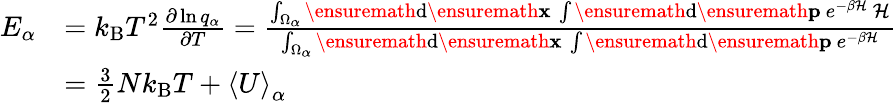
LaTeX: \begin{array}{rl}{E_{\alpha}}&{=k_{\mathrm{B}}T^{2}\frac{\partial\ln q_{\alpha}}{\partial T}=\frac{\int_{\Omega_{\alpha}}\ensuremath{\mathrm{d}}\ensuremath{\mathbf{x}}\ \int\ensuremath{\mathrm{d}}\ensuremath{\mathbf{p}}\ e^{-\beta\mathcal{H}}\ \mathcal{H}}{\int_{\Omega_{\alpha}}\ensuremath{\mathrm{d}}\ensuremath{\mathbf{x}}\ \int\ensuremath{\mathrm{d}}\ensuremath{\mathbf{p}}\ e^{-\beta\mathcal{H}}}}\\ &{=\frac{3}{2}Nk_{\mathrm{B}}T+\left<U\right>_{\alpha}}\end{array}